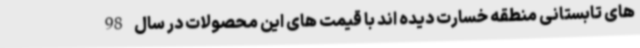
های تابستانی منطقه خسارت دیده اند با قیمت های این محصولات در سال 98